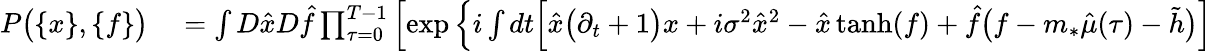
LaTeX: \begin{array}{rl}{P\big(\{ x\} ,\{ f\} \big)}&{{}=\int D\hat{x}D\hat{f}\prod_{\tau=0}^{T-1}\left[\exp\Big\{ i\int dt\Big[\hat{x}\big(\partial_{t}+1\big)x+i\sigma^{2}\hat{x}^{2}-\hat{x}\, \mathrm{tanh}(f)+\hat{f}\big(f-m_{*}\hat{\mu}(\tau)-\tilde{h}\big)\Big]\right.}\end{array}